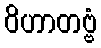
ဝိဟာတဗ္ဗံ